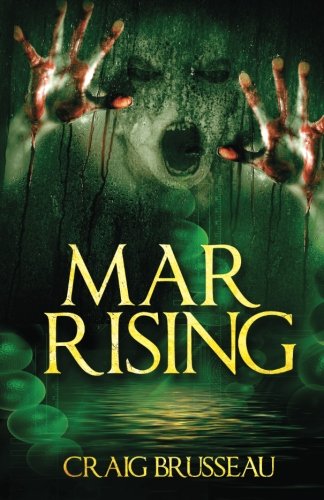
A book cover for MAR Rising; Craig Brusseau; Science Fiction & Fantasy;